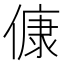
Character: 𬿛